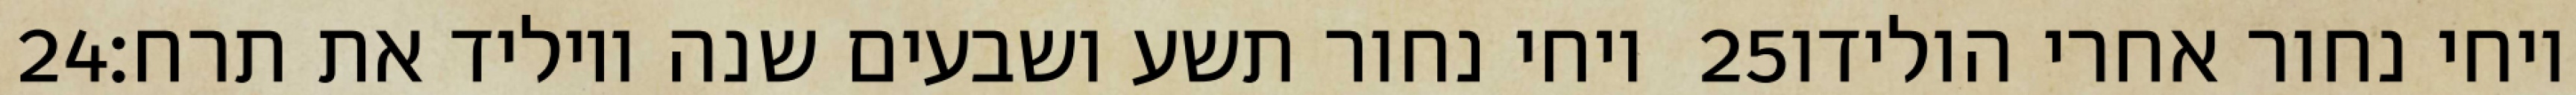
‎24‏ ויחי נחור תשע ושבעים שנה ויוליד את תרח׃ ‎25‏ ויחי נחור אחרי הולידו